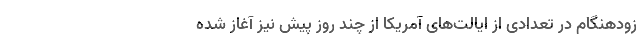
زودهنگام در تعدادی از ایالت‌های آمریکا از چند روز پیش نیز آغاز شده